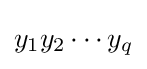
y_{1}y_{2}\cdots y_{q}